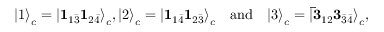
{ | 1 \rangle } _ { c } = { | { \bf 1 } _ { 1 \bar { 3 } } { \bf 1 } _ { 2 \bar { 4 } } \rangle } _ { c } , { | 2 \rangle } _ { c } = { | { \bf 1 } _ { 1 \bar { 4 } } { \bf 1 } _ { 2 \bar { 3 } } \rangle } _ { c } \mathrm { \ \ \ a n d \ \ \ } { | 3 \rangle } _ { c } = { | { \bf \bar { 3 } } _ { 1 2 } { \bf 3 } _ { \bar { 3 } \bar { 4 } } \rangle } _ { c } ,